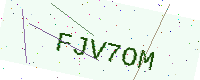
Text: FJV7OM